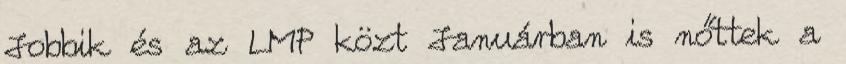
Jobbik és az LMP közt Januárban is nőttek a